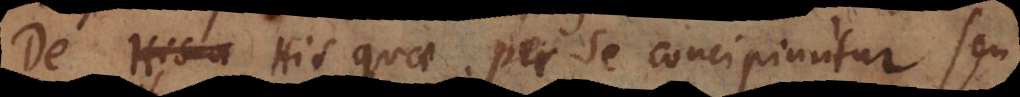
De His quae per se concipiuntur, seu